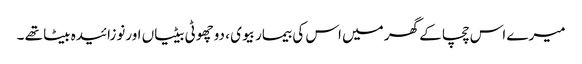
میرے اس چچا کے گھر میں اس کی بیمار بیوی ، دوچھوٹی بیٹیاں اورنوزائیدہ بیٹا تھے ۔